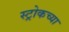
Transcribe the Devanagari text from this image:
स्ट्रोकच्या